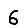
Digit: 6